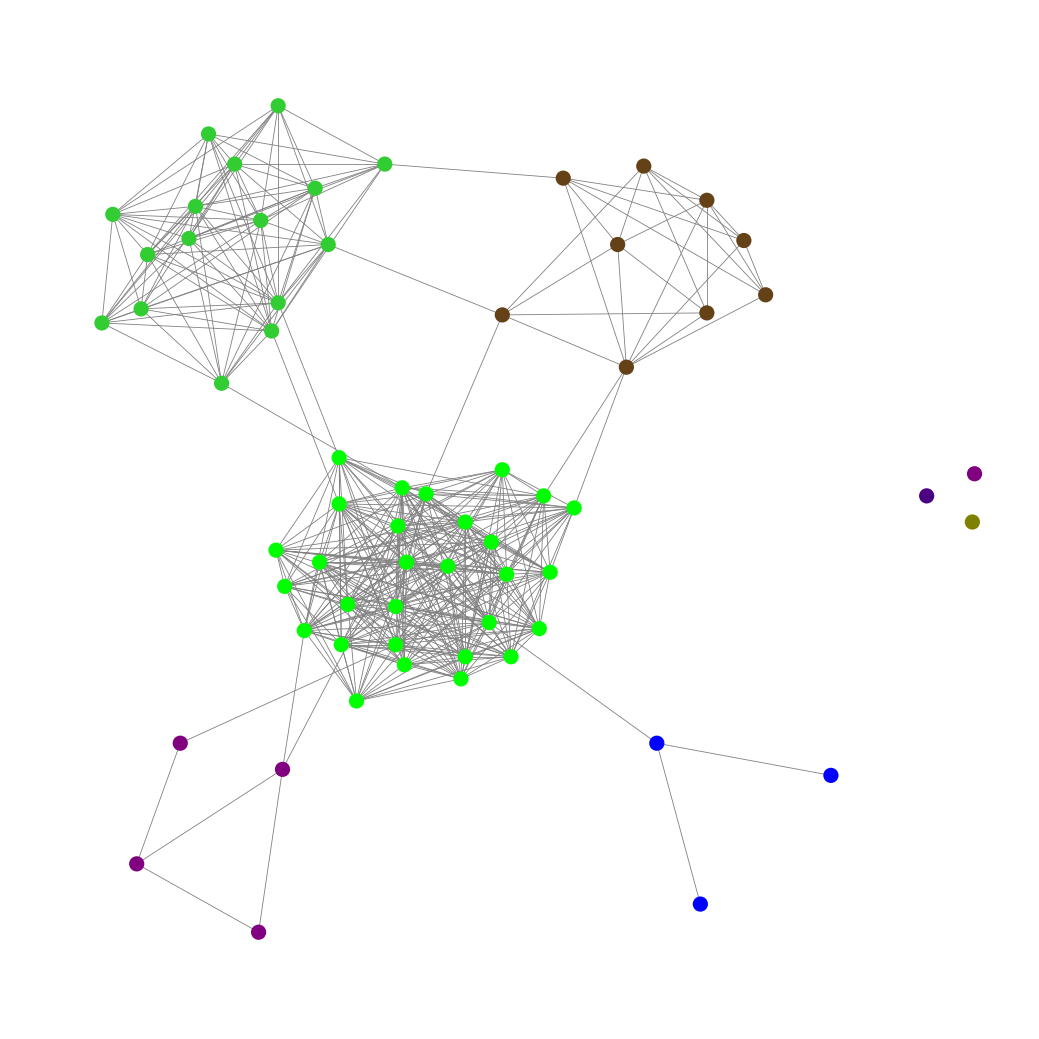
Graph connected: No
Number of connected components: 4
Number of singletons: 3
Total number of nodes: 64
Total number of edges: 425
Number of communities: 7
Community sizes:
Blue: 3
Indigo: 1
Lime: 29
Lime Green: 16
Olive: 1
Pullman Brown: 9
Purple: 5
Graph layout: tda
Graph generation method: erdos_renyi